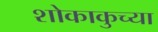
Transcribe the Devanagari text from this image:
शोकाकुच्या